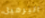
البرميل